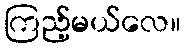
ကြည့်မယ်လေ။